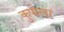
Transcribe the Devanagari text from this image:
कुपोला